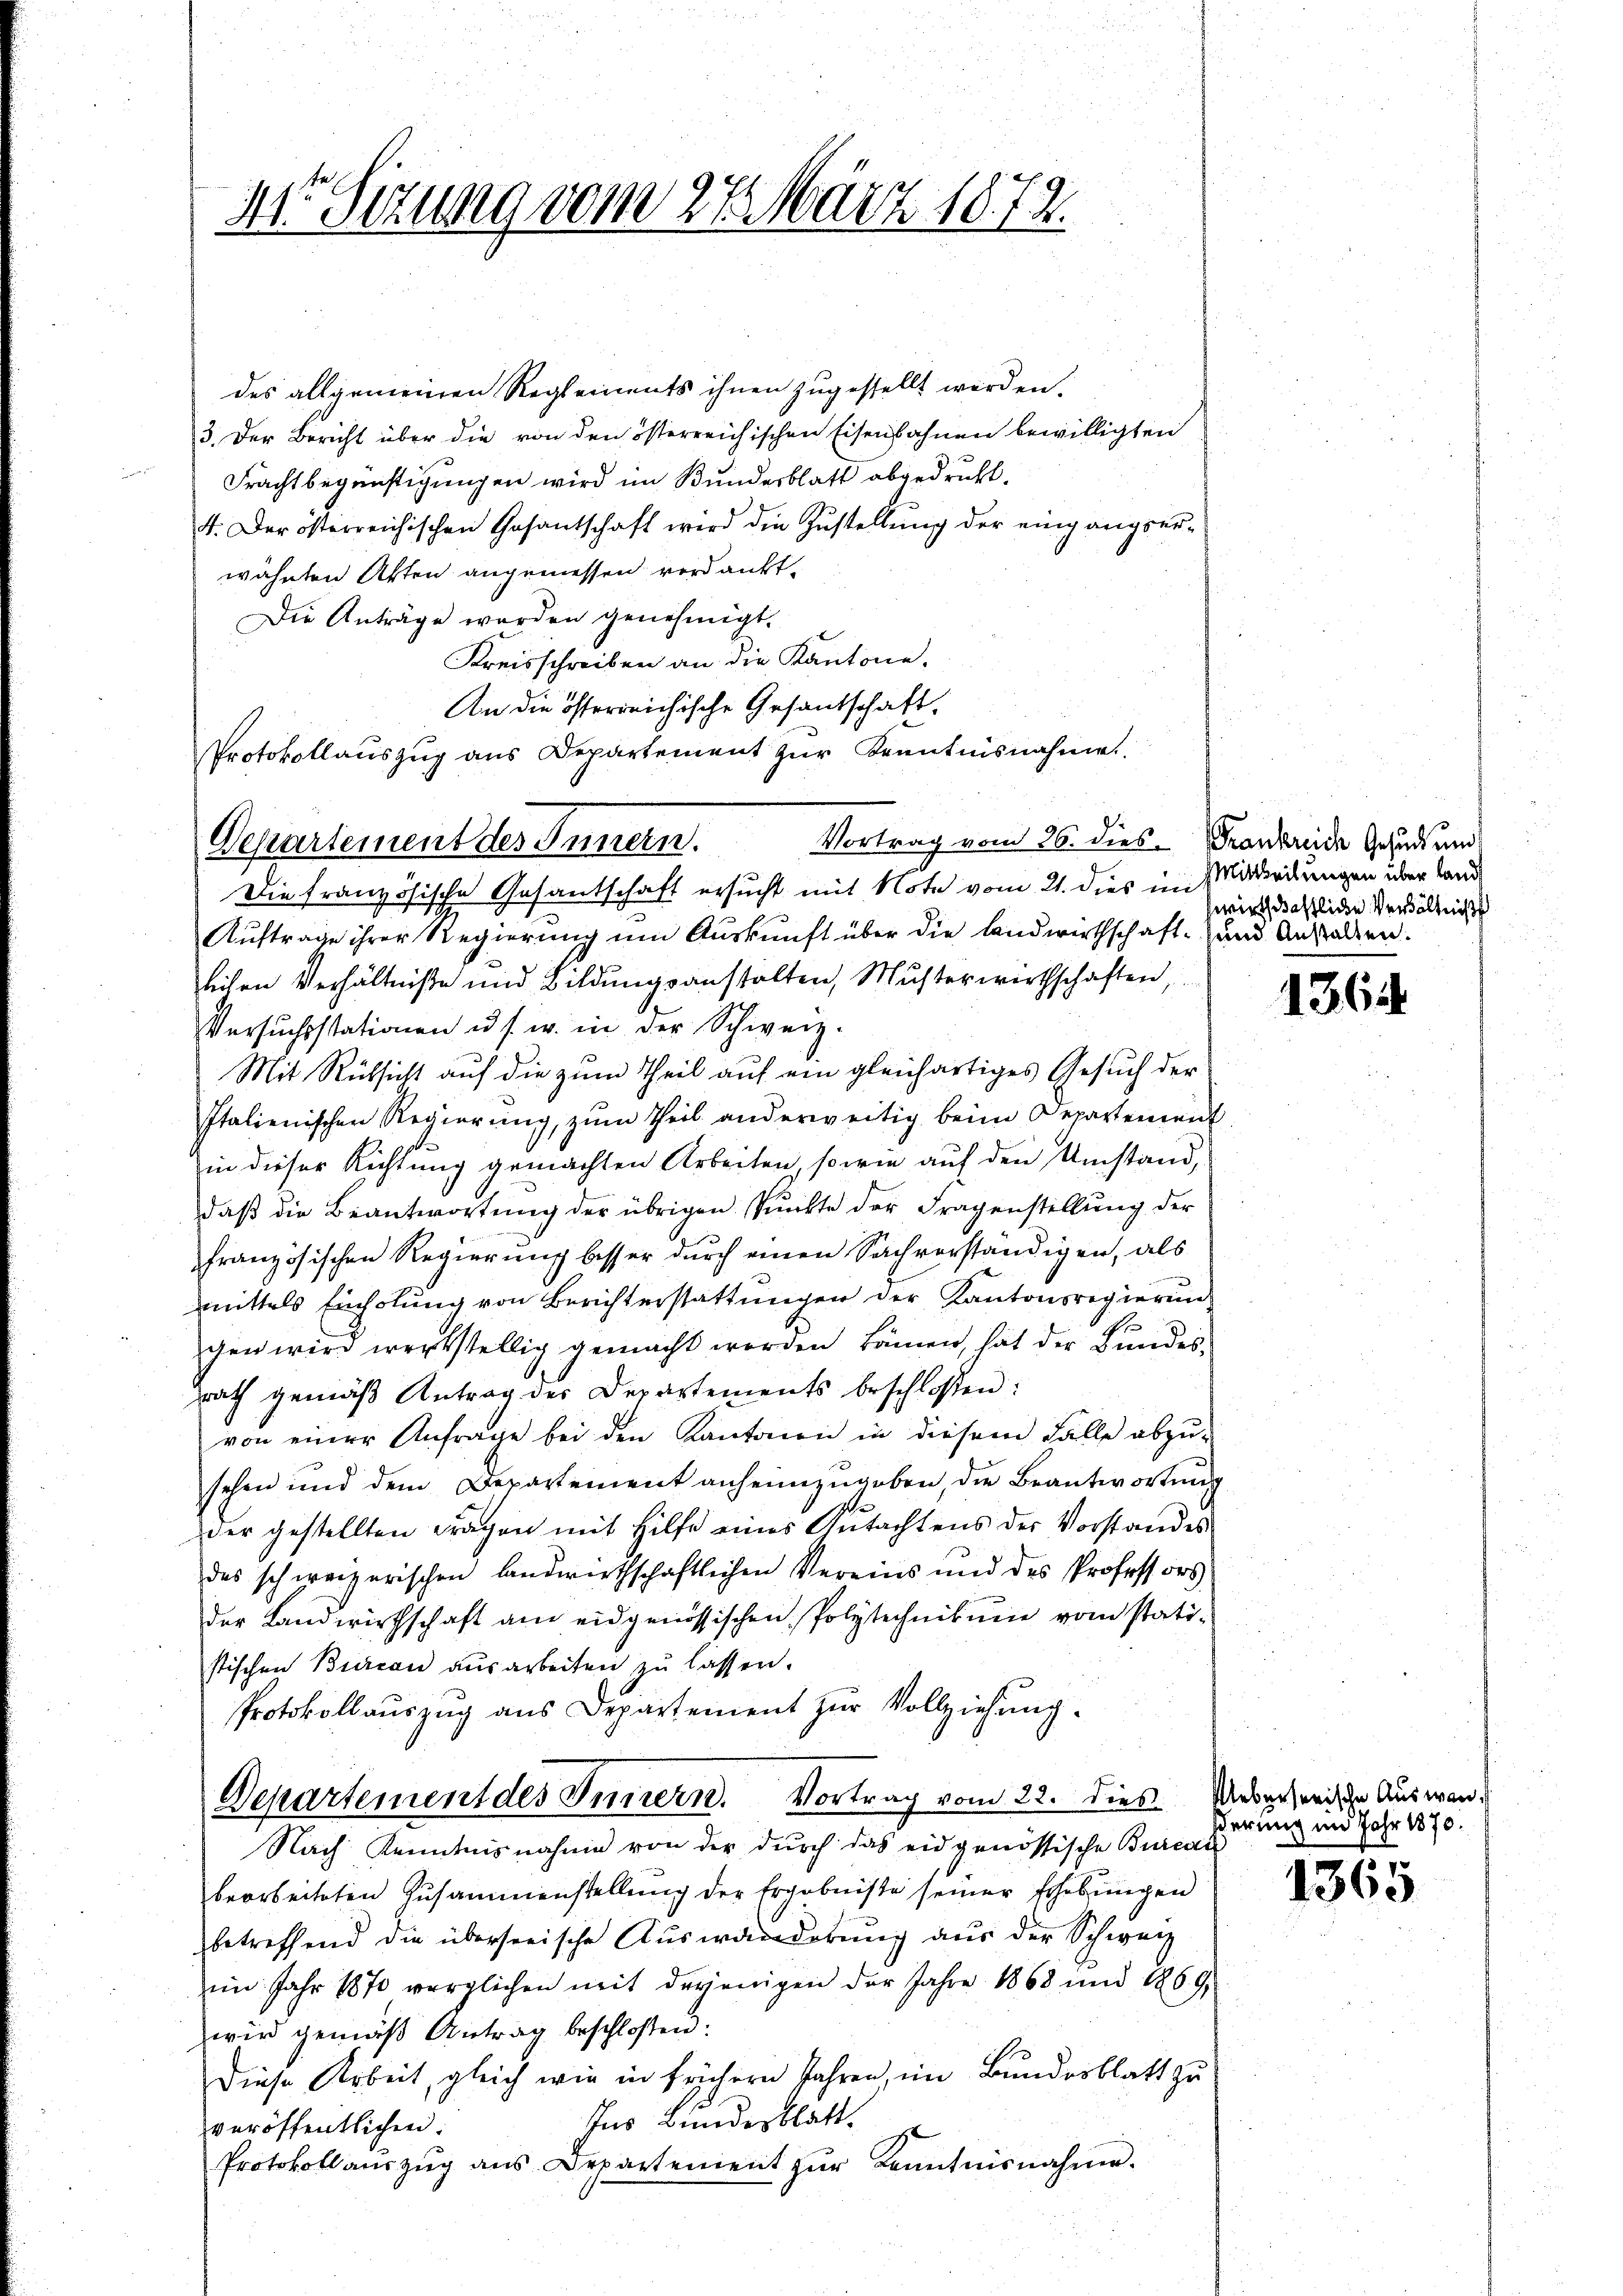
21 Sezung vom 27. März 1874.

Protokollauszug aus Departement zŭr Kenntnisnahme.
Departement des Innern.
Die französische Gesantschaft ersucht mit Note vom 21. dies im Widerkungen über Land

des allgemeinen Reglements ihnen zugestellt werden.
3. Der Bericht über die von den österreichischen Eisenbahnen bewilligten
Frachtbegünstigungen wird im Bundesblatt abgedruckt.
4. Der österreichischen Gesantschaft wird die Zustellung der eingangser-
wähnten Akten angemessen verdankt.
Die Anträge werden genehmigt.
Kreisschreiben an die Kantone.
An die österreichische Gesandschaft.
Auftrage ihrer Regierung um Auskunft über die Landwirthschaft- und Anstalten.
lichen Verhältniße und Bildungsanstalten, Musterwirthschaften,
Versuchsstationen u. s. w. in der Schweiz.
Mit Rücksicht auf die zum Theil auf ein gleichartiges Gesuch der
Italienischen Regierŭng, zŭm Theil anderweitig beim Departement
in dieser Richtung gemachten Arbeiten, sowie auf den Umstand,
daβ die Beantwortung der übrigen Punkte der Fragenstellung der
französischen Regierung besser durch einen Sachverständigen, als
mmittels Einholung von Berichterstattungen der Kantonsregierun
gen wird werkstellig gemacht worden kämen, hat der Bundes-
srath gemäβ Antrag des Departements beschlossen:
von einer Anfrage bei den Kantonen in diesem Falle abzu-
sehen und dem Departement anheimzugeben, die Beantwortung
der gestellten Fragen mit Hilfe eines Gutachtens der Vorstandes
des schweizerischen landwirthschaftlichen Vereins und des Professors
der Landwirthschaft am eidgenössischen Polytechnikum vom statistischen Bureau ausarbeiten zu lassen.
Protokollauszug aus Departement zur Vollziehung.
Departement des Innern. Vortrag vom 22. Dies Uebersende
Nach Kenntnisnahme von der dŭrch das eidgenössische Bureau
bearbeiteten Zusammenstellung der Ergebnisse seiner Erhebungen
betreffend die überseeische Auswanderung aus der Schweiz
im Jahr 1870 verglichen mit derjenigen der Jahre 1868 und 1869,
wird gemäβ Antrag beschlossen:
Diese Arbeit, gleich wie in frühern Jahren, im Bundesblatt zu
Ins Bundesblatt.
veröffentlichen.
Protokoll aŭszŭg ans Departenient zŭr Kenntnisnahme.

Vortrag vom 26. dies Frankreide Gesud und

wirtschaftliche Verhältniße

13.

serung im

1365

Auswan
Jahr 1870.